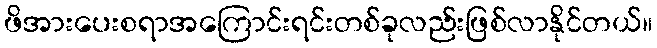
ဖိအားပေးစရာအကြောင်းရင်းတစ်ခုလည်းဖြစ်လာနိုင်တယ်။